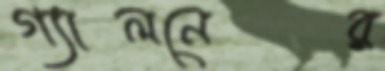
গ্যালনের